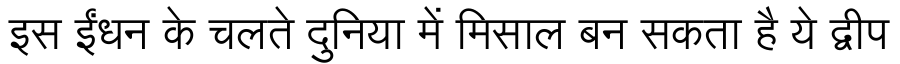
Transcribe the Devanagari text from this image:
इस ईंधन के चलते दुनिया में मिसाल बन सकता है ये द्वीप